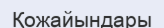
Қожайындары